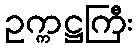
ဥက္ကဋ္ဌကြီး